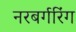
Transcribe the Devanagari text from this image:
नरबर्गरिंग